Indian journal of veterinary science and animal husbandry - Volume 6,
Year: 1936
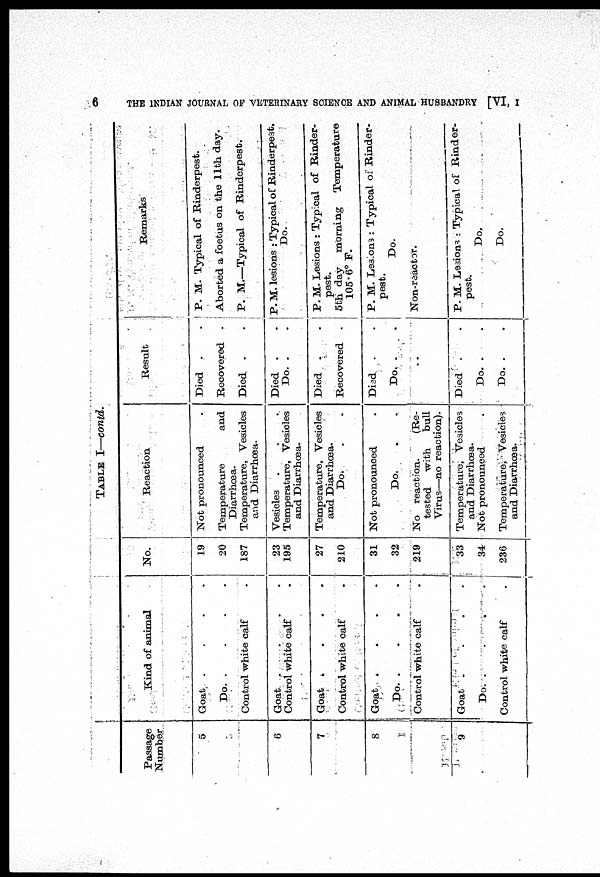
6
THE INDIAN JOURNAL OF VETERINARY SCIENCE AND ANIMAL HUSBANDRY [VI, I
TABLE I—contd.
Passage
Number
5
6
7
8
9
Kind of animal
Goat
.
.
.
.
Do.
.
.
.
.
Control white calf .
Goat
.
.
.
.
Control white calf .
Goat . . . .
Control white calf .
Goat . . . .
Do.
.
.
.
.
Control white calf .
Goat
.
.
.
.
Do. . . .
Control white calf .
No.
19
20
187
23
195
27
210
31
32
219
33
34
236
Reaction
Not pronounced .
Temperature
and
Diarrhœa.
Temperature, Vesicles
and Diarrhœa.
Vesicles . . .
Temperature, Vesicles
and Diarrhœa.
Temperature, Vesicles
and Diarrhœa.
Do. . .
Not pronounced .
Do. . .
No reaction.
(Re-
tested with bull
Virus—no reaction).
Temperature, Vesicles
and Diarrhœa.
Not pronounced
Temperature, Vesicles
and Diarrhœa.
Result
Died . .
Recovered .
Died . .
Died . .
Do. . .
Died . .
Recovered .
Died . .
Do. . .
..
Died . .
Do. . .
Do. . .
Remarks
P. M. Typical of Rinderpest.
Aborted a foetus on the 11th day.
P. M.—Typical of Rinderpest.
P. M. lesions : Typical of Rinderpest.
Do.
P. M. Lesions : Typical of Rinder-
pest.
5th day morning Temperature
105.6° F.
P. M. Les ons : Typical of Rinder-
pest.
Do.
Non-reactor.
P. M. Lesions : Typical of Rinder-
pest.
Do.
Do.